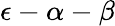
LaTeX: \epsilon-\alpha-\beta